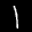
Label: 1